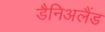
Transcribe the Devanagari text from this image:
डैनिअलैंड